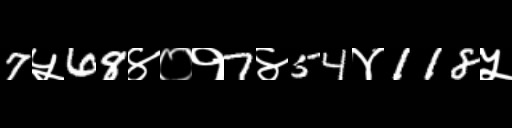
Text: 7५68४०१7४54४118५